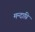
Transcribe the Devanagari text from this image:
मन्‍दाग्नि